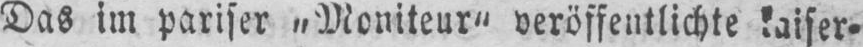
Das im pariser „Moniteur“ veröffentlichte kaiser⸗